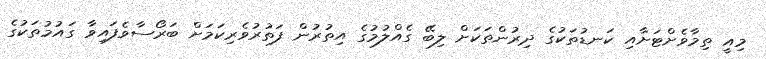
މިއީ ތިމާވެށްޓަށާއި ކަނޑުތަކުގެ ދިރުންތަކަށް ލިބޭ ގެއްލުމުގެ އިތުރުން ފަތުރުވެރިކަމަށް ބަރޯސާވެފައިވާ ގައުމުތަކުގެ